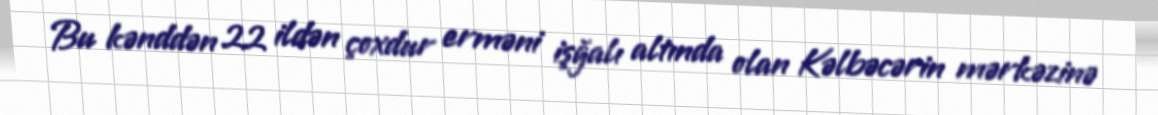
Bu kənddən 22 ildən çoxdur erməni işğalı altında olan Kəlbəcərin mərkəzinə